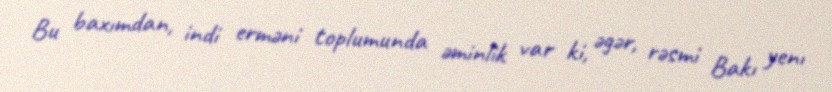
Bu baxımdan, indi erməni toplumunda əminlik var ki, əgər, rəsmi Bakı yenı